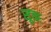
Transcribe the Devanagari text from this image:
सूक्तः